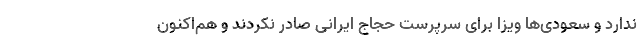
ندارد و سعودی‌ها ویزا برای سرپرست حجاج ایرانی صادر نکردند و هم‌اکنون